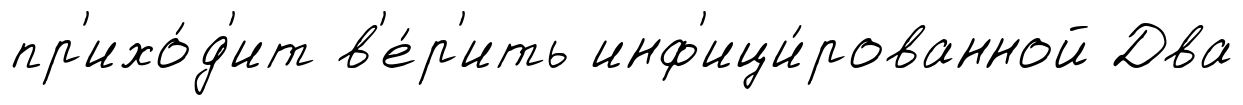
пр'ихо́д'ит в'е́р'ить инф'ици́рованной Два